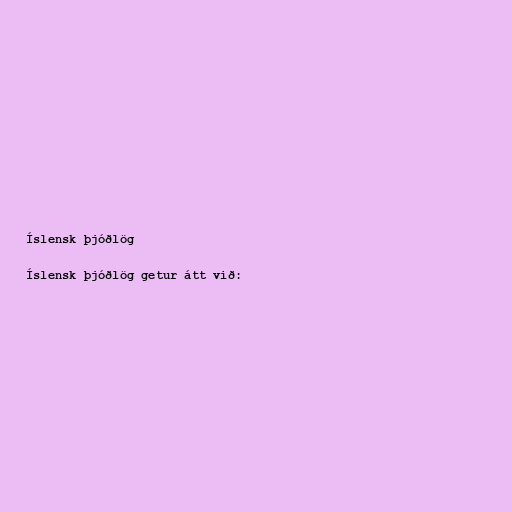
Íslensk þjóðlög

Íslensk þjóðlög getur átt við: